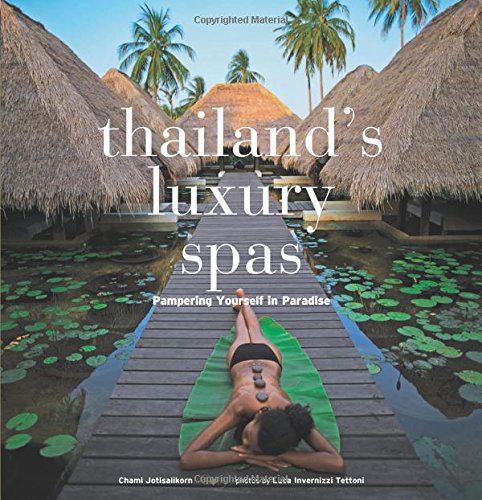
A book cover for Thailand's Luxury Spas: Pampering Yourself in Paradise; Chami Jotisalikorn; Travel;